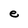
Character: e